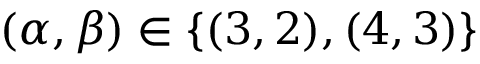
( \alpha , \beta ) \in \{ ( 3 , 2 ) , ( 4 , 3 ) \}